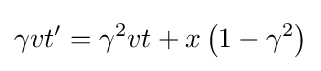
\gamma vt'=\gamma ^{2}vt+x\left(1-\gamma ^{2}\right)